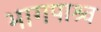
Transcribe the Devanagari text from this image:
भागपाश्र्व